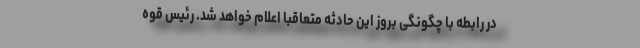
در رابطه با چگونگی بروز این حادثه متعاقبا اعلام خواهد شد. رئیس قوه